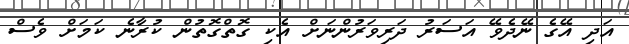
އަދި އޭގެ ނޭދެވޭ އަސަރު ދަރިވަރުންނަށް އެކި ގޮތްގޮތުން ކުރާނެ ކަމަށް ވެސް